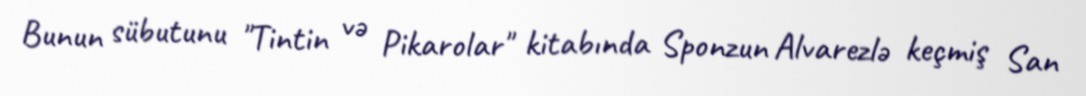
Bunun sübutunu "Tintin və Pikarolar" kitabında Sponzun Alvarezlə keçmiş San